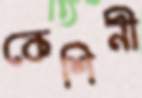
কেশিনী